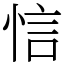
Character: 𢚘